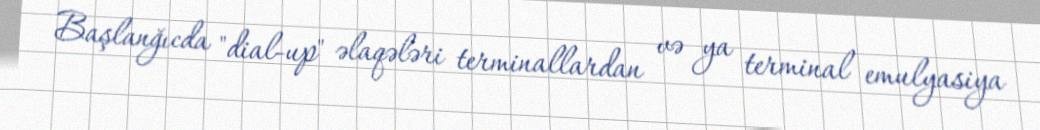
Başlanğıcda "dial-up" əlaqələri terminallardan və ya terminal emulyasiya